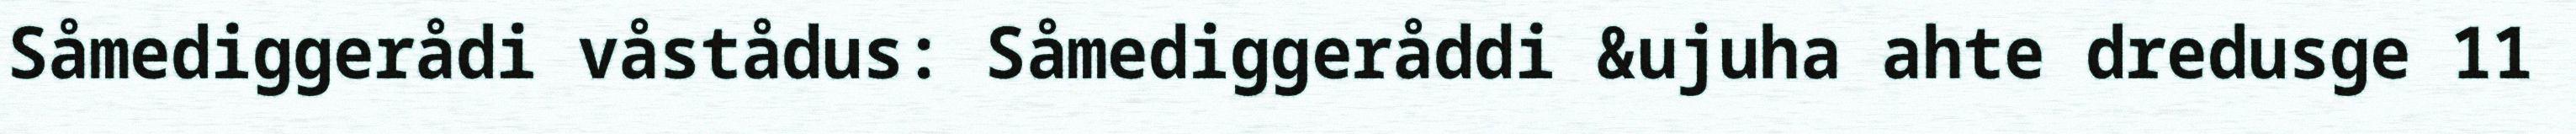
Såmediggerådi våstådus: Såmediggeråddi &ujuha ahte dredusge 11